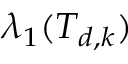
\lambda _ { 1 } ( T _ { d , k } )